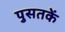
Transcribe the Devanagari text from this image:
पुसतकें